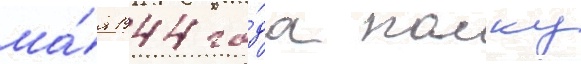
ма́я 1944 го́да полку